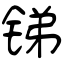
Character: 锑